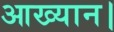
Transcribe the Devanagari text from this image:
आख्यान।